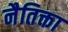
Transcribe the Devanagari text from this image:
नैतिक्ता